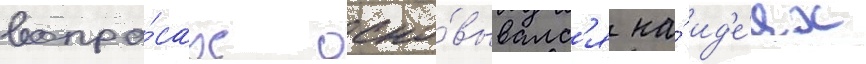
вопро́сах осно́вывалс'я на́ ид'е́ях